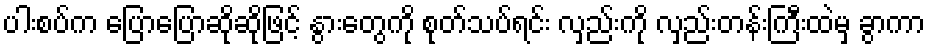
ပါးစပ်က ပြောပြောဆိုဆိုဖြင့် နွားတွေကို စုတ်သပ်ရင်း လှည်းကို လှည်းတန်းကြီးထဲမှ ခွာကာ